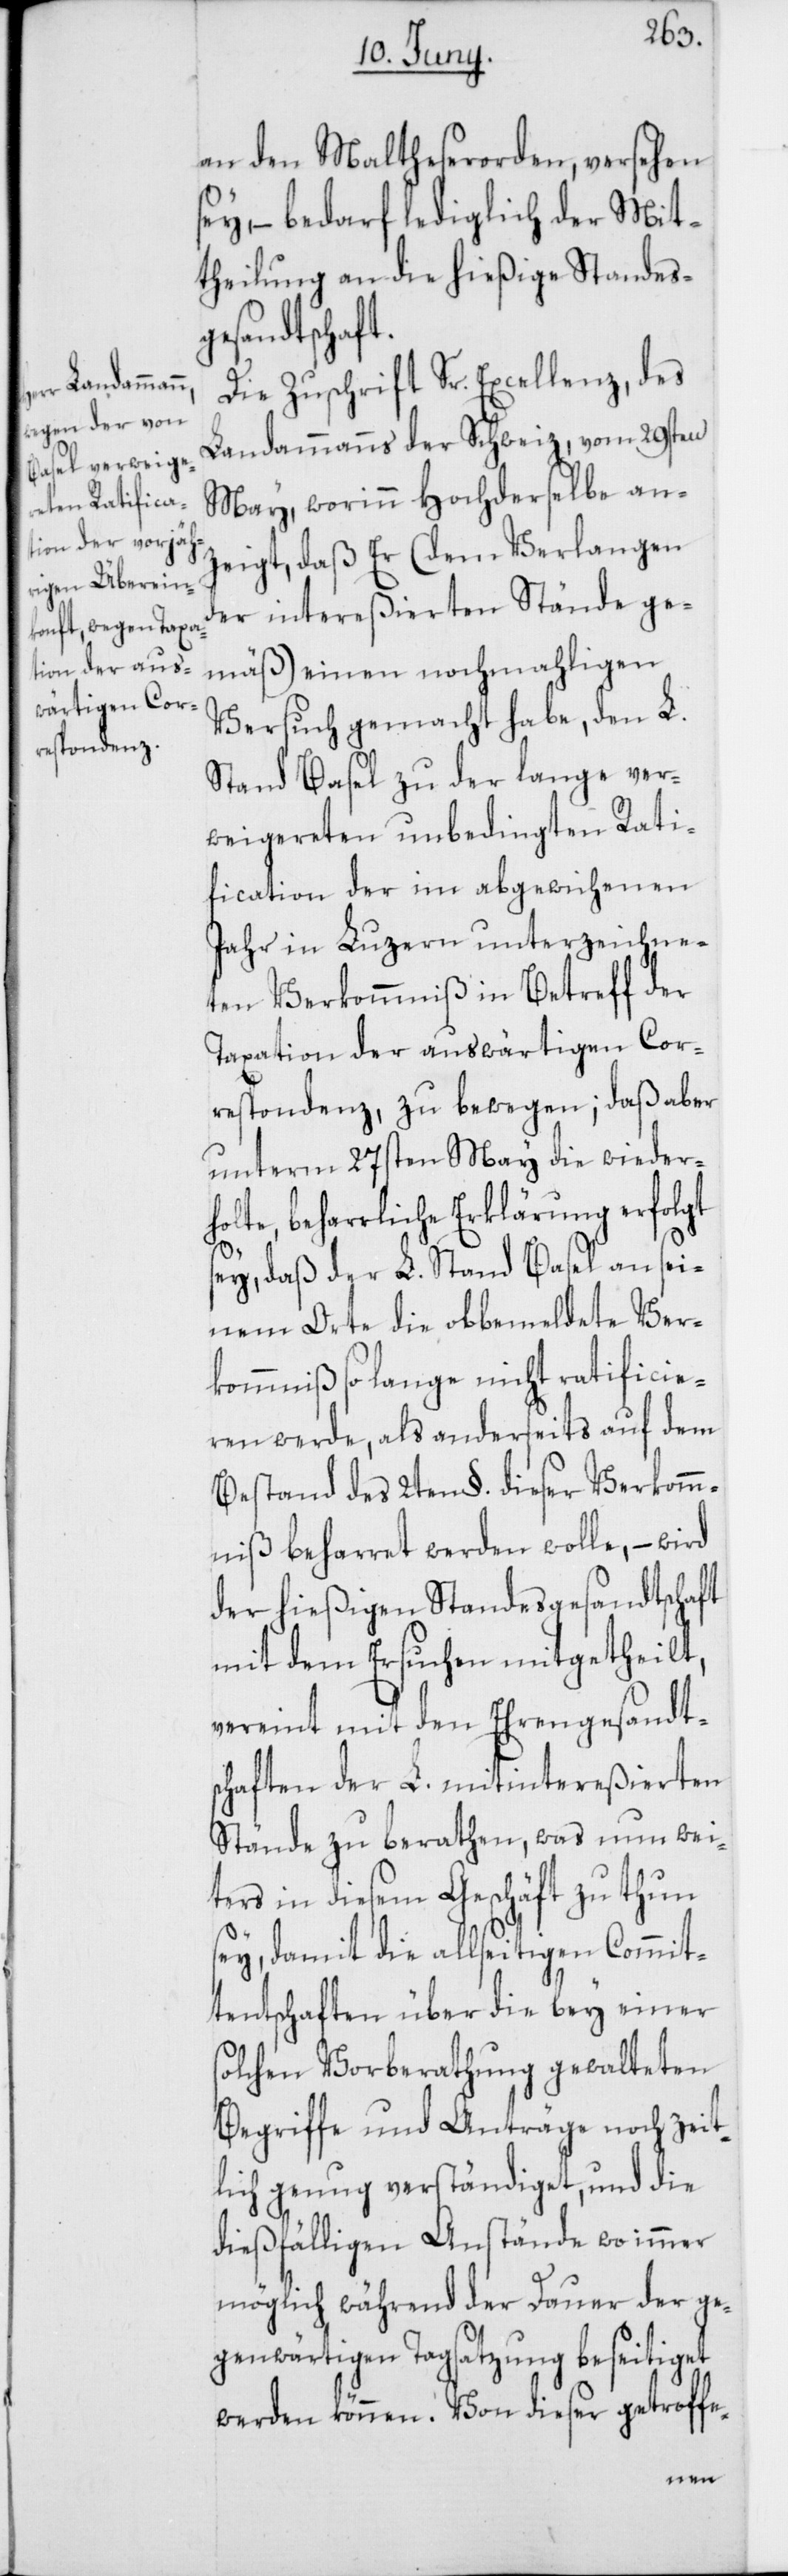
an den Maltheserorden, versehen
sey, – bedarf lediglich der Mit¬
theilung an die hießige Standes¬
gesandtschaft.
Die Zuschrift Sr. Excellenz, des
Landammanns der Schweiz, vom 29sten
May, worinn Hochderselbe an¬
zeigt, daß Er (dem Verlangen
der intereßierten Stände ge¬
mäß) einen nochmahligen
Versuch gemacht habe, den L.
Stand Basel zu der lange ver¬
weigereten unbedingten Rati¬
fication der im abgewichenen
Jahr in Luzern unterzeichne¬
ten Verkommniß in Betreff der
Taxation der auswärtigen Cor¬
respondenz, zu bewegen; daß aber
unterm 27sten May die wieder¬
holte, beharrliche Erklärung erfolgt
sey, daß der L. Stand Basel an sei¬
nem Orte die obbemeldete Ver¬
kommniß so lange nicht ratificie¬
ren werde, als anderseits auf dem
Bestand des 2ten §. dieser Verkomm¬
niß beharret werden wolle, – wird
der hießigen Standesgesandtschaft
mit dem Ersuchen mitgetheilt,
vereint mit den Ehrengesandts¬
chaften der L. mitintereßierten
Stände zu berathen, was nun wei¬
ters in diesem Geschäft zu thun
sey, damit die allseitigen Commit¬
tentschaften über die bey einer
solchen Vorberathung gewalteten
Begriffe und Anträge noch zeit¬
lich genug verständiget, und die
dießfälligen Anstände wo immer
möglich während der Dauer der ge¬
genwärtigen Tagsatzung beseitiget
werden können. Von dieser getroffe-